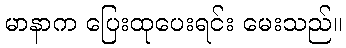
မာနာက ပြေးထုပေးရင်း မေးသည်။